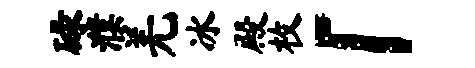
碌濮羌冰殿枚「